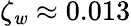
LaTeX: \zeta_{\mathit{w}}\approx0.013